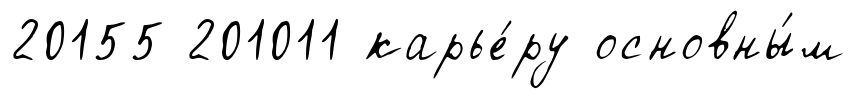
20155 201011 карье́ру основны́м